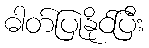
ဓါတ်ပြုနိုင်ပြီး